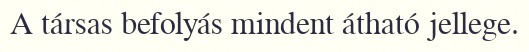
A társas befolyás mindent átható jellege.